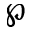
\wp